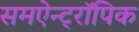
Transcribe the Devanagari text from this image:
समऐन्ट्रॉपिक